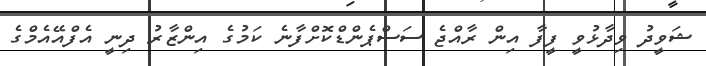
ޝަވީދު ވިދާޅުވީ ފީފާ އިން ރާއްޖެ ސަސްޕެންޑްކޮށްފާނެ ކަމުގެ އިންޒާރު ދިނީ އެފްއޭއެމްގެ